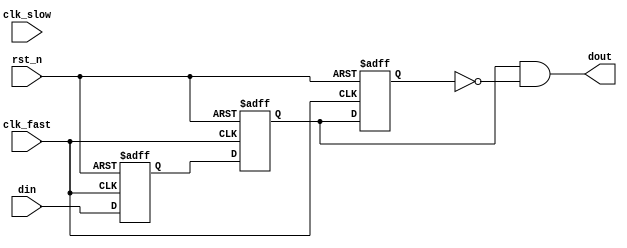
////////////////////////////////////////////////////////////////////////////////
// Description:
//	Single bit signal synchronization from slow clock domain signal to fast clock domain signal.
// Usage conditions:
//	The pulse width of a single bit signal in the slow clock domain must be greater than or equal to 2 clock cycles in the fast clock domain.
//
////////////////////////////////////////////////////////////////////////////////

module asy_1bit_slow2fast(
	input  clk_slow, 
	input  clk_fast, 
	input  rst_n,		

	input  din,
	output dout
);

(* ASYNC_REG = "TRUE" *)		//To avoid timing defaults
reg       q1,q2,q3;

assign dout = q2 & (~q3);
//------SYNC shooting-------
always@(posedge clk_fast or negedge rst_n) begin
	if(!rst_n)
	begin
		{q3,q2,q1} <= {3{1'b0}};
    end
	else begin
		{q3,q2,q1} <= {q2,q1,din};
	end
end

endmodule